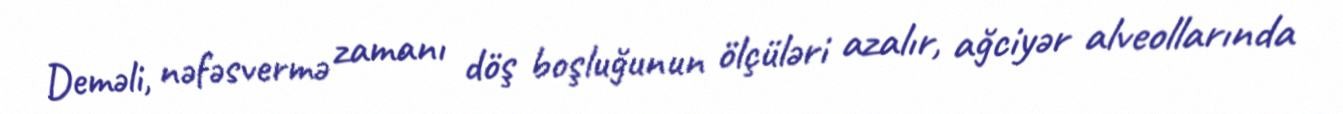
Deməli, nəfəsvermə zamanı döş boşluğunun ölçüləri azalır, ağciyər alveollarında